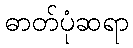
ဓာတ်ပုံဆရာ